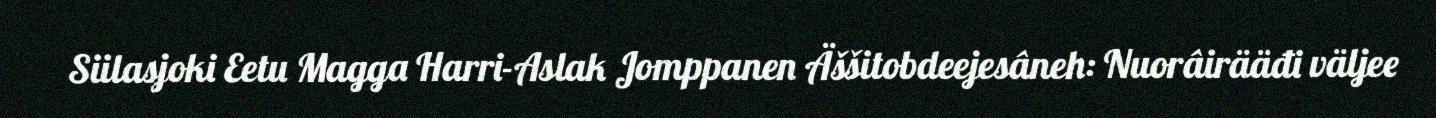
Siilasjoki Eetu Magga Harri-Aslak Jomppanen Äššitobdeejesâneh: Nuorâirääđi väljee